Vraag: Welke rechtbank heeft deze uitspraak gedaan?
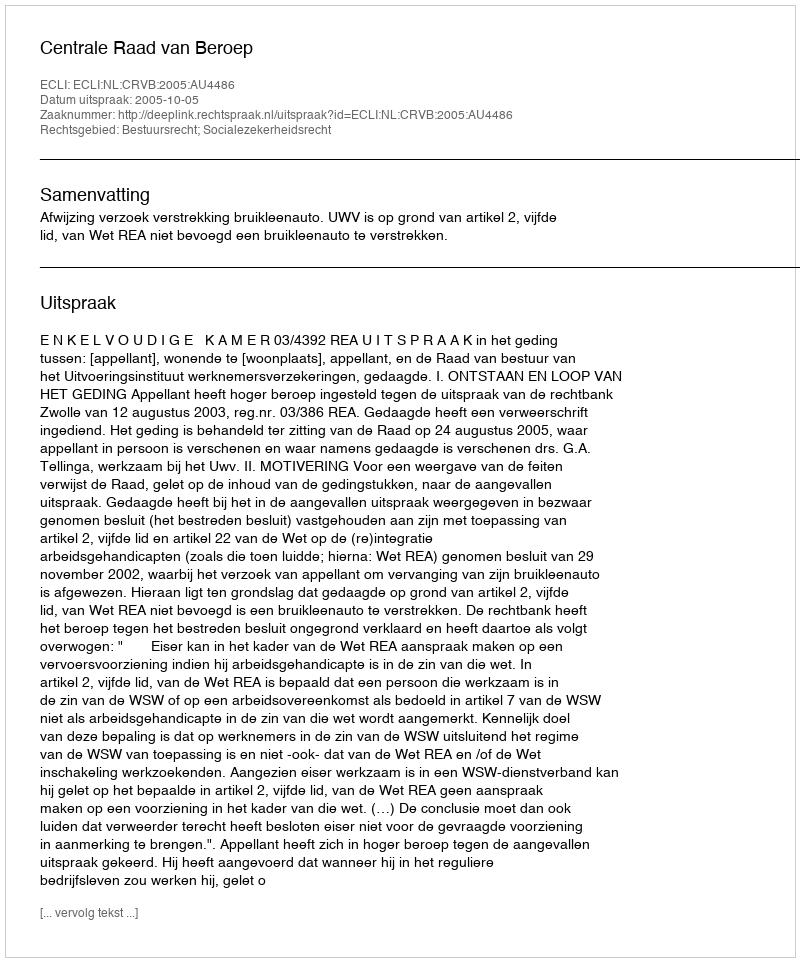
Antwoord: Centrale Raad van Beroep